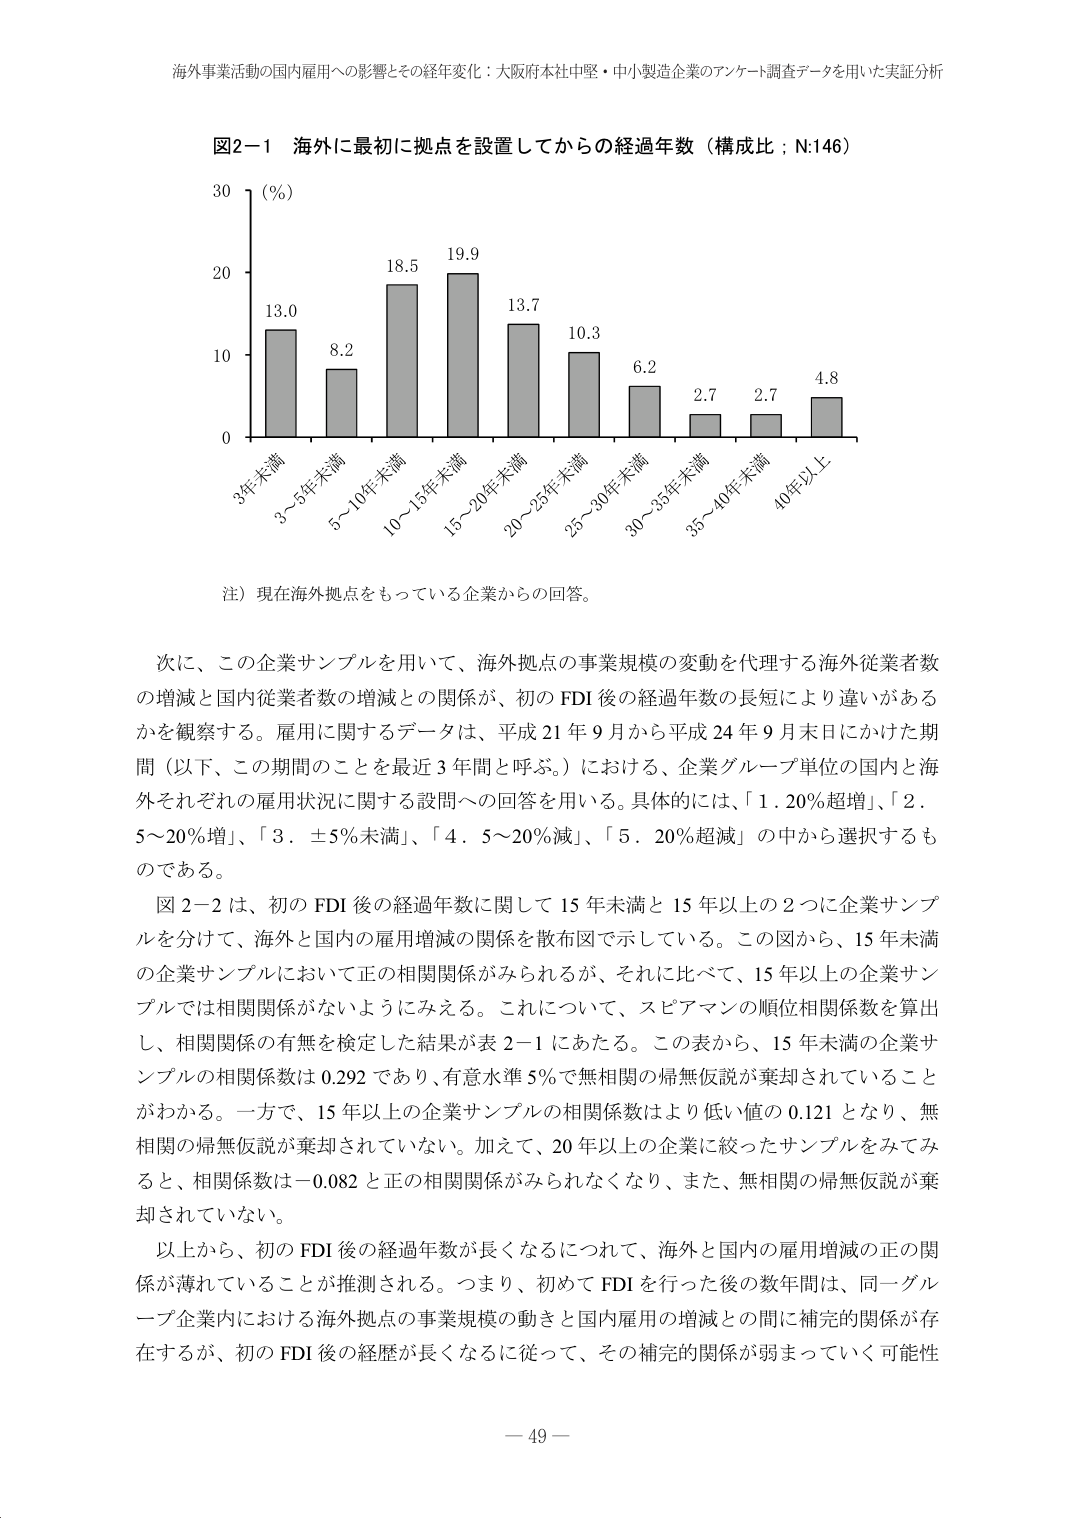
海外事業活動の国内雇用への影響とその経年変化：大阪府本社中堅・中小製造企業のアンケート調査データを用いた実証分析

図2-1 海外に最初に拠点を設置してからの経過年数（構成比；N:146）

30 (%)
20
10
0

13.0
8.2
18.5
19.9
13.7
10.3
6.2
2.7
2.7
4.8

3年未満
3～5年未満
5～10年未満
10～15年未満
15～20年未満
20～25年未満
25～30年未満
30～35年未満
35～40年未満
40年以上

注）現在海外拠点をもっている企業からの回答。

次に、この企業サンプルを用いて、海外拠点の事業規模の変動を代理する海外従業者数の増減と国内従業者数の増減との関係が、初のFDI後の経過年数の長短により違いがあるかを観察する。雇用に関するデータは、平成21年9月から平成24年9月末日にかけた期間（以下、この期間のことを最近3年間と呼ぶ。）における、企業グループ単位の国内と海外それぞれの雇用状況に関する設問への回答を用いる。具体的には、「1．20％超増」、「2．5～20％増」、「3．±5％未満」、「4．5～20％減」、「5．20％超減」の中から選択するものである。

図2-2は、初のFDI後の経過年数に関して15年未満と15年以上の2つに企業サンプルを分けて、海外と国内の雇用増減の関係を散布図で示している。この図から、15年未満の企業サンプルにおいて正の相関関係がみられるが、それに比べて、15年以上の企業サンプルでは相関関係がないようにみえる。これについて、スピアマンの順位相関係数を算出し、相関関係の有無を検定した結果が表2-1にあたる。この表から、15年未満の企業サンプルの相関係数は0.292であり、有意水準5％で無相関の帰無仮説が棄却されていることがわかる。一方で、15年以上の企業サンプルの相関係数はより低い値の0.121となり、無相関の帰無仮説が棄却されていない。加えて、20年以上の企業に絞ったサンプルをみてみると、相関係数は-0.082と正の相関関係がみられなくなり、また、無相関の帰無仮説が棄却されていない。

以上から、初のFDI後の経過年数が長くなるにつれて、海外と国内の雇用増減の正の関係が薄れていることが推測される。つまり、初めてFDIを行った後の数年間は、同一グループ企業内における海外拠点の事業規模の動きと国内雇用の増減との間に補完的関係が存在するが、初のFDI後の経歴が長くなるに従って、その補完的関係が弱まっていく可能性

－ 49 －